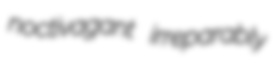
noctivagant irreparably